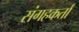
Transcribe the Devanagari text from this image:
संगहकर्ता